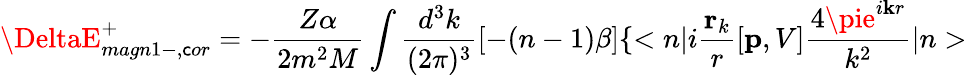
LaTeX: \DeltaE_{magn1-,\mathsf{c}or}^{+}=-\frac{{Z\alpha}}{{2m^{2}M}}\int\frac{{d^{3}k}}{{(2\pi)^{3}}}[-(n-1)\beta]\{ <{n}|i\frac{{\mathbf{r}_{k}}}{{r}}[{\mathbf{p}},V]\frac{{4\pie^{i{\mathbf{k}r}}}}{{k^{2}}}|{n}>